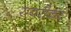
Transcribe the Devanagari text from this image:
रायरीकर